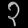
Digit: ၃